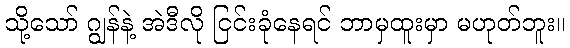
သို့သော် ဂျွန်နဲ့ အဲဒီလို ငြင်းခုံနေရင် ဘာမှထူးမှာ မဟုတ်ဘူး။